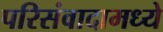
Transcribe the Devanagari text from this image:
परिसंवादामध्ये